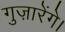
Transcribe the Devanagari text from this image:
गुज़ारेंगे।